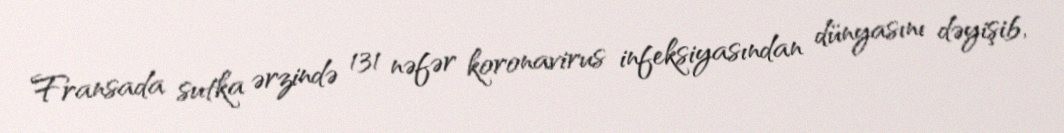
Fransada sutka ərzində 131 nəfər koronavirus infeksiyasından dünyasını dəyişib,